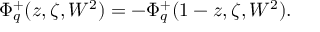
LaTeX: \Phi _ { q } ^ { + } ( z , \zeta , W ^ { 2 } ) = - \Phi _ { q } ^ { + } ( 1 - z , \zeta , W ^ { 2 } ) .